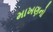
માખણનો